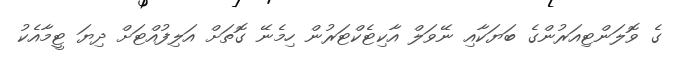
ގެ ވޮލަންޓިއަރުންގެ ބަޔަކާއި ނޭވަލް އާކިޓެކްޓަރުން ހިމެނޭ ގޮތަށް އަލިފުއްޓަށް ދިޔަ ޓީމާއެކު